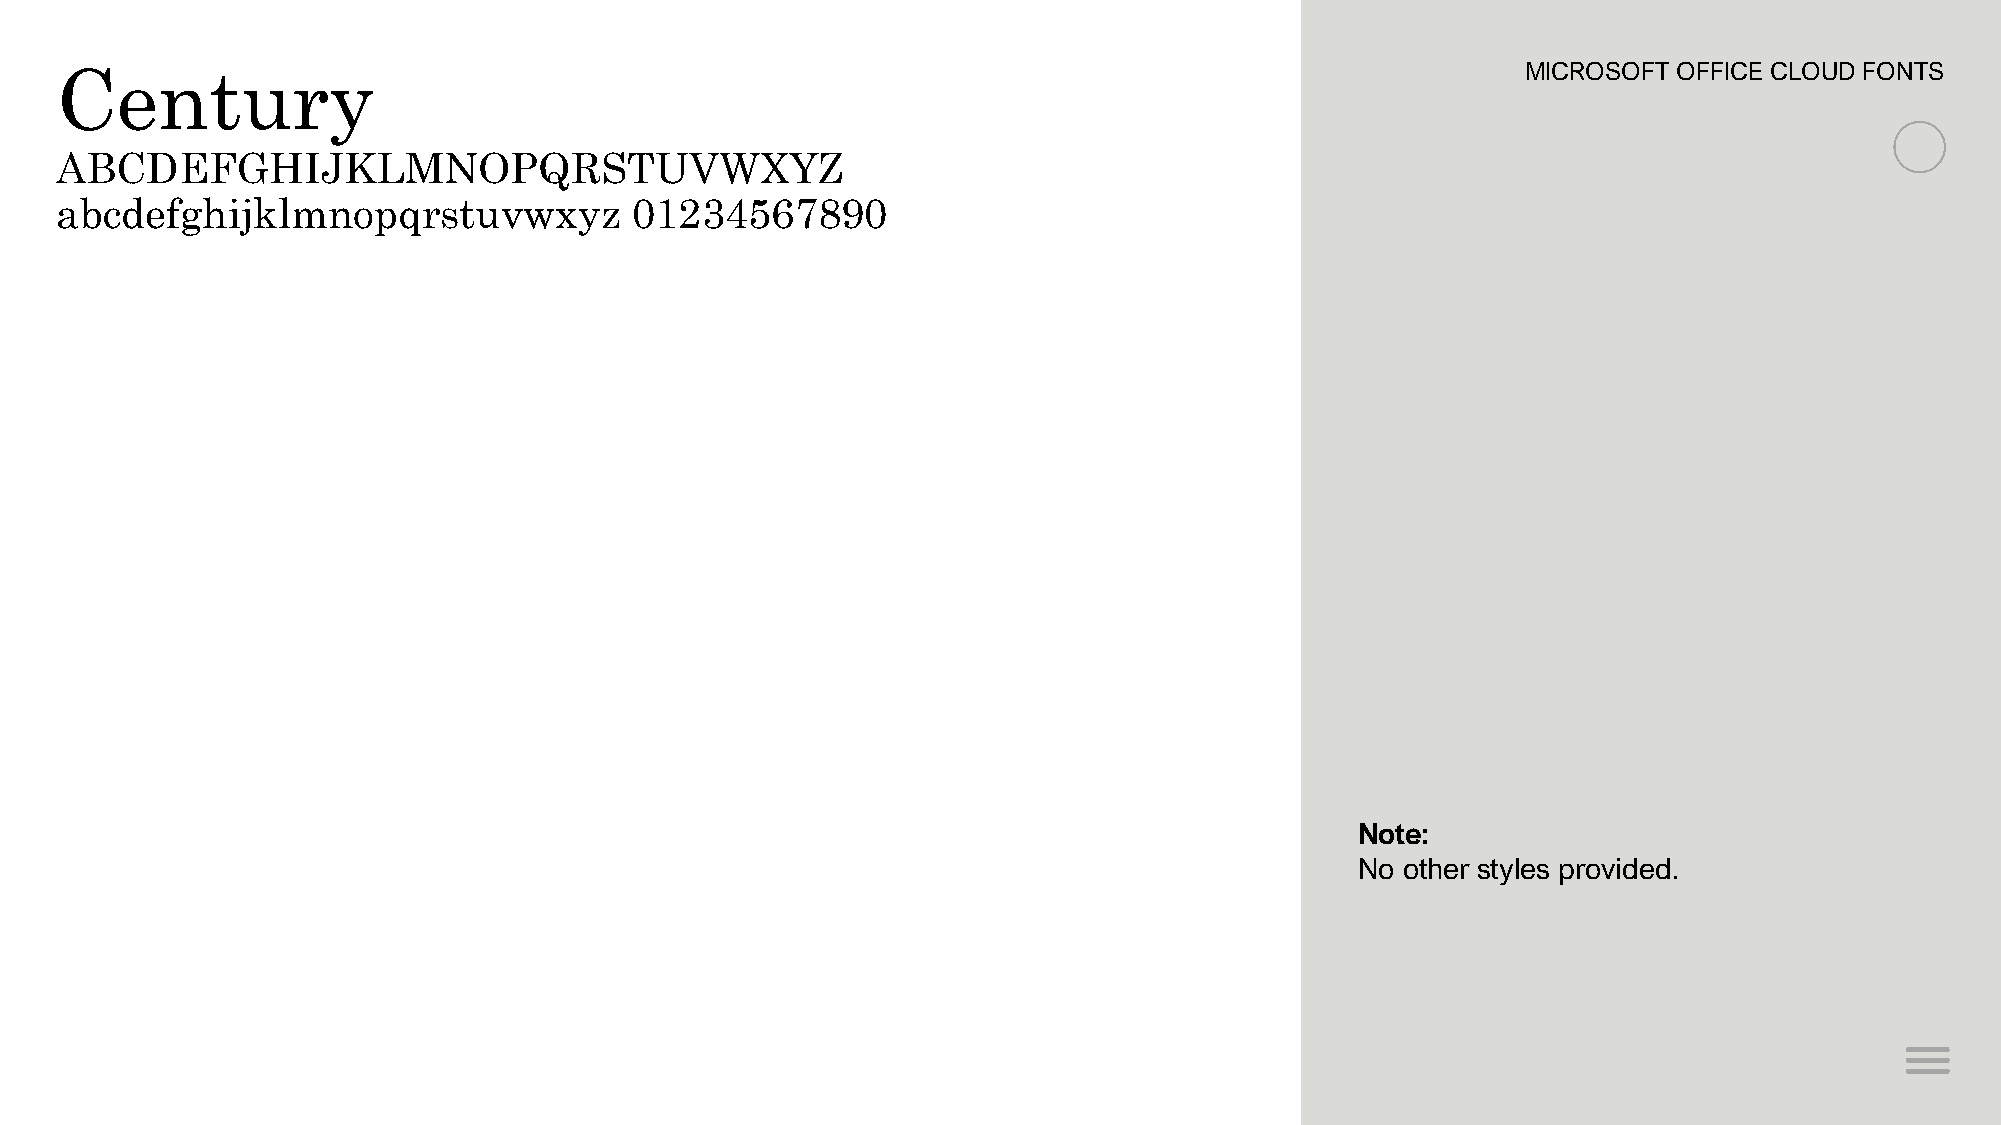
Century                                                                                          MICROSOFT OFFICE CLOUD FONTS
 ABCDEFGHIJKLMNOPQRSTUVWXYZ
 abcdefghijklmnopqrstuvwxyz            01234567890
 Note:
 No other styles provided.